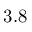
3 . 8